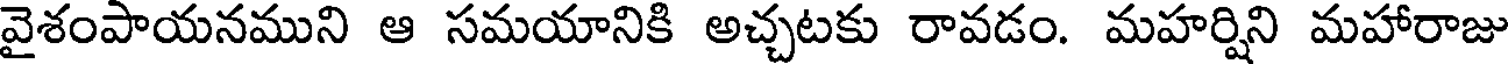
వైశంపాయనముని ఆ సమయానికి అచ్చటకు రావడం. మహర్షిని మహారాజు